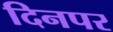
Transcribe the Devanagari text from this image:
दिनपर